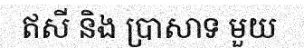
ឥសី និង ប្រាសាទ មួយ